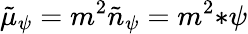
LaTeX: \tilde{\mu}_{\psi}=m^{2}\tilde{n}_{\psi}=m^{2}{*\psi}